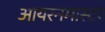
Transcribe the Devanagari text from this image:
आयरनमास्टर